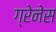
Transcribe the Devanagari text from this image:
ग्रेनेस